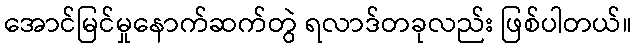
အောင်မြင်မှုနောက်ဆက်တွဲ ရလာဒ်တခုလည်း ဖြစ်ပါတယ်။